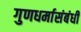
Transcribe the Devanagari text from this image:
गुणधर्मासंबंधी